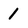
Character: 1